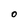
Character: O